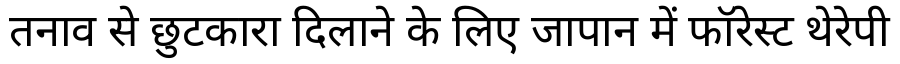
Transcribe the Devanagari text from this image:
तनाव से छुटकारा दिलाने के लिए जापान में फॉरेस्ट थेरेपी